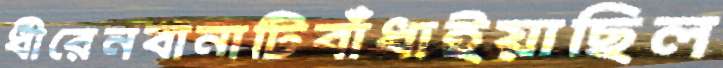
ধীরেনবানাটিবাঁধাইয়াছিল